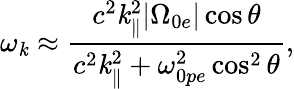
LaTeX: \omega_{\mathit{k}}\approx\frac{{c^{2}\mathit{k}_{\parallel}^{2}|\Omega_{0e}|\cos\theta}}{{c^{2}\mathit{k}_{\parallel}^{2}+\omega_{0pe}^{2}\cos^{2}\theta}},